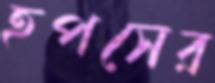
হপসের